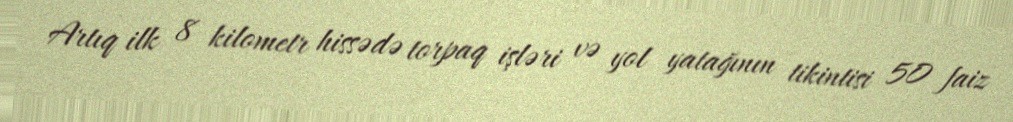
Artıq ilk 8 kilometr hissədə torpaq işləri və yol yatağının tikintisi 50 faiz